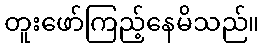
တူးဖော်ကြည့်နေမိသည်။